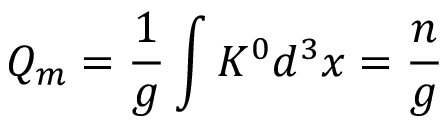
Q _ { m } = \frac { 1 } { g } \int K ^ { 0 } d ^ { 3 } x = \frac { n } { g }